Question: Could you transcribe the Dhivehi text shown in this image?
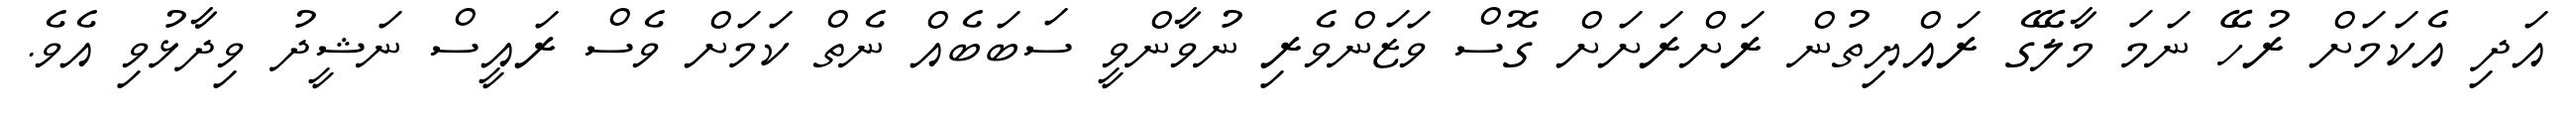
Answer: އަދި އެކަމަށް ރުހޭ ނަމަ މާލޭގެ ރައްޔިތުން ރަށްރަށަށް ގޮސް ވަޒަންވެރި ނުވާންވީ ސަބަބެއް ނެތް ކަމަށް ވެސް ރައީސް ނަޝީދު ވިދާޅުވި އެވެ.